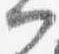
門